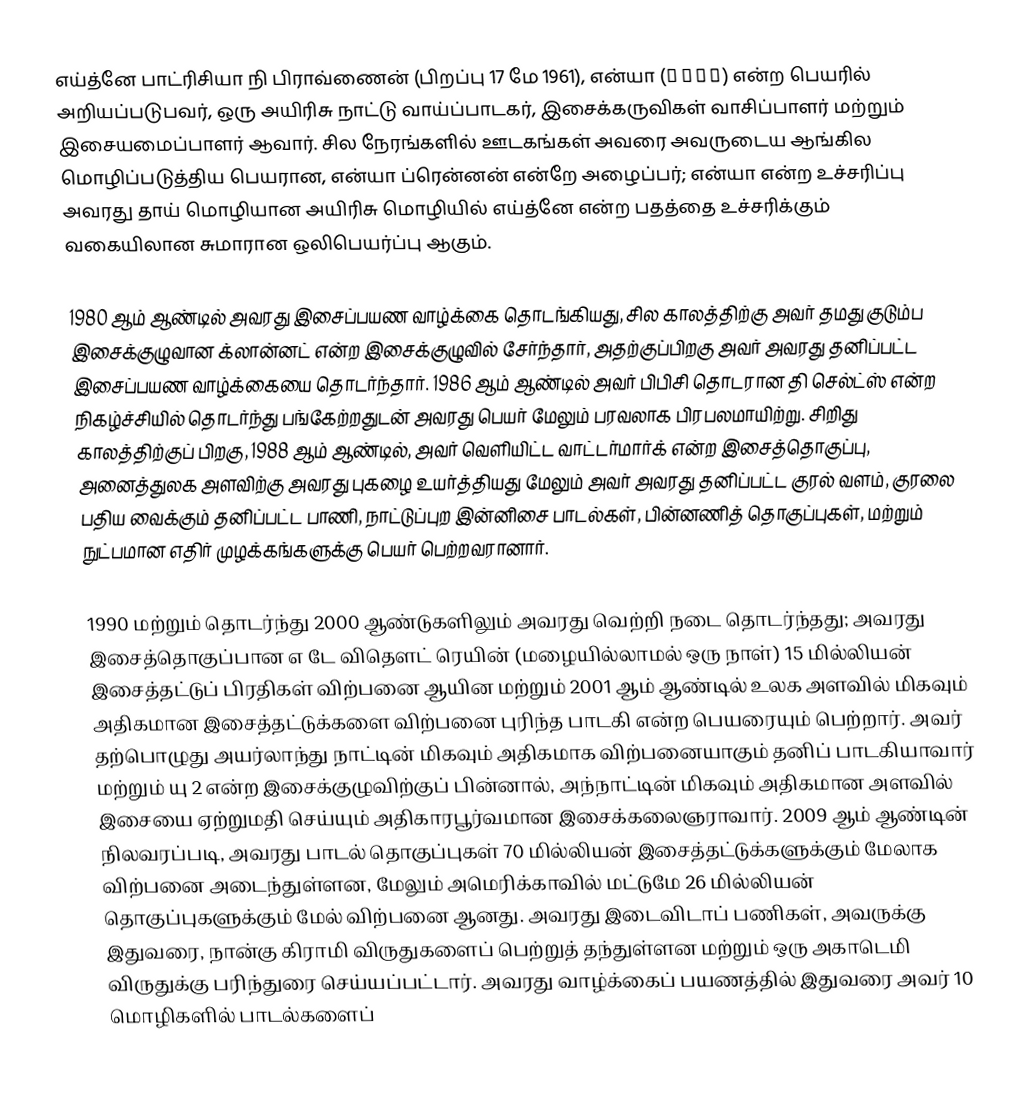
எய்த்னே பாட்ரிசியா நி பிராவ்ணைன்  (பிறப்பு 17 மே 1961), என்யா (ऍन्य) என்ற பெயரில் அறியப்படுபவர், ஒரு அயிரிசு நாட்டு வாய்ப்பாடகர், இசைக்கருவிகள் வாசிப்பாளர் மற்றும் இசையமைப்பாளர் ஆவார். சில நேரங்களில் ஊடகங்கள் அவரை அவருடைய ஆங்கில மொழிப்படுத்திய பெயரான, என்யா ப்ரென்னன் என்றே அழைப்பர்; என்யா என்ற உச்சரிப்பு அவரது தாய் மொழியான அயிரிசு மொழியில் எய்த்னே என்ற பதத்தை உச்சரிக்கும் வகையிலான சுமாரான ஒலிபெயர்ப்பு ஆகும்.

1980 ஆம் ஆண்டில் அவரது இசைப்பயண வாழ்க்கை தொடங்கியது, சில காலத்திற்கு அவர் தமது குடும்ப இசைக்குழுவான க்லான்னட் என்ற இசைக்குழுவில் சேர்ந்தார், அதற்குப்பிறகு அவர் அவரது தனிப்பட்ட இசைப்பயண வாழ்க்கையை தொடர்ந்தார். 1986 ஆம் ஆண்டில் அவர் பிபிசி தொடரான தி செல்ட்ஸ் என்ற நிகழ்ச்சியில் தொடர்ந்து பங்கேற்றதுடன் அவரது பெயர் மேலும் பரவலாக பிரபலமாயிற்று. சிறிது காலத்திற்குப் பிறகு, 1988 ஆம் ஆண்டில், அவர் வெளியிட்ட வாட்டர்மார்க் என்ற இசைத்தொகுப்பு, அனைத்துலக அளவிற்கு அவரது புகழை உயர்த்தியது மேலும் அவர் அவரது தனிப்பட்ட குரல் வளம், குரலை பதிய வைக்கும் தனிப்பட்ட பாணி, நாட்டுப்புற இன்னிசை பாடல்கள், பின்னணித் தொகுப்புகள், மற்றும் நுட்பமான எதிர் முழக்கங்களுக்கு பெயர் பெற்றவரானார்.

1990 மற்றும் தொடர்ந்து 2000 ஆண்டுகளிலும் அவரது வெற்றி நடை தொடர்ந்தது; அவரது இசைத்தொகுப்பான எ டே விதௌட் ரெயின் (மழையில்லாமல் ஒரு நாள்) 15 மில்லியன் இசைத்தட்டுப் பிரதிகள் விற்பனை ஆயின  மற்றும் 2001 ஆம் ஆண்டில் உலக அளவில் மிகவும் அதிகமான இசைத்தட்டுக்களை விற்பனை புரிந்த பாடகி என்ற பெயரையும் பெற்றார். அவர் தற்பொழுது அயர்லாந்து நாட்டின் மிகவும் அதிகமாக விற்பனையாகும் தனிப் பாடகியாவார்  மற்றும் யு 2 என்ற இசைக்குழுவிற்குப் பின்னால், அந்நாட்டின் மிகவும் அதிகமான அளவில் இசையை ஏற்றுமதி செய்யும் அதிகாரபூர்வமான இசைக்கலைஞராவார். 2009 ஆம் ஆண்டின் நிலவரப்படி, அவரது பாடல் தொகுப்புகள் 70 மில்லியன் இசைத்தட்டுக்களுக்கும் மேலாக விற்பனை  அடைந்துள்ளன, மேலும் அமெரிக்காவில் மட்டுமே 26 மில்லியன் தொகுப்புகளுக்கும் மேல் விற்பனை ஆனது. அவரது இடைவிடாப் பணிகள், அவருக்கு இதுவரை, நான்கு கிராமி விருதுகளைப் பெற்றுத் தந்துள்ளன மற்றும் ஒரு அகாடெமி விருதுக்கு பரிந்துரை செய்யப்பட்டார். அவரது வாழ்க்கைப் பயணத்தில் இதுவரை அவர் 10 மொழிகளில் பாடல்களைப்